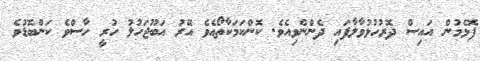
ފޮޅެމުން އައިސް ދޮރުހުޅުވާލާފައި ދެންނެވިއެވެ. ކޮންކަމަކާތޯއެވެ އޭރު އަބޫޖަހުލު ހުރީ ހާސްވެ ކަންބޮޑުވެ